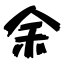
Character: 余